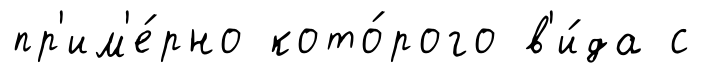
пр'им'е́рно кото́рого в'и́да с